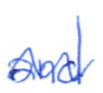
Text: and
Cross-out: wave
Writing tool: ballpoint